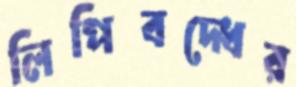
লিপিবদ্ধের